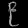
Digit: ၉